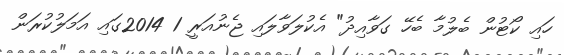
ހައި ކޯޓުން ބެލުމާ ބެހޭ ގަވާއިދު" އެކުލަވާލައި ޖެނުއަރީ 1 2014ގައި އަމަލުކުރަން